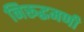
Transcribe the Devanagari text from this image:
निरूद्धमणी